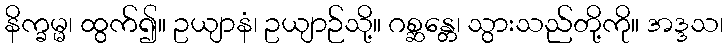
နိက္ခမ္မ၊ ထွက်၍။ ဥယျာနံ၊ ဥယျာဉ်သို့။ ဂစ္ဆန္တေ၊ သွားသည်တို့ကို။ အဒ္ဒသ၊